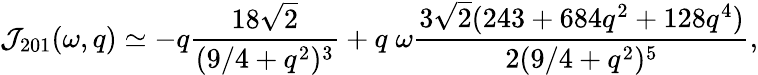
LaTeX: {\cal J}_{201}(\omega,q)\simeq-q\frac{18\sqrt{2}}{(9/4+q^{2})^{3}}+q\; \omega\frac{3\sqrt{2}(243+684q^{2}+128q^{4})}{2(9/4+q^{2})^{5}},